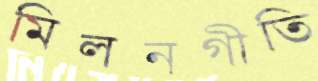
মিলনগীতি